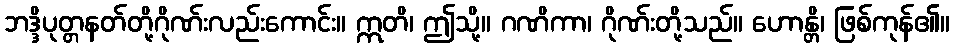
ဘဒ္ဒိပုတ္တနတ်တို့ဂိုဏ်းလည်းကောင်း။ ဣတိ၊ ဤသို့။ ဂဏိကာ၊ ဂိုဏ်းတို့သည်။ ဟောန္တိ၊ ဖြစ်ကုန်၏။